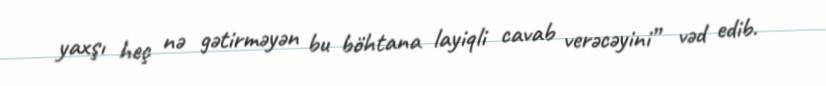
yaxşı heç nə gətirməyən bu böhtana layiqli cavab verəcəyini” vəd edib.